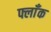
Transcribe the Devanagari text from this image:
फ्लाँक